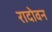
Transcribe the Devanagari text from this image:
रादोवन